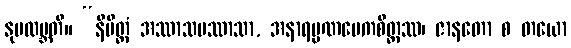
နုပလဗ္ဘတိ။ “နိမိတ္တံ အဿာသပဿာသာ, အနာရမ္မဏမေကစိတ္တဿ၊ ဇာနတော စ တယော